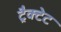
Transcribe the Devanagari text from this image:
ट्रैक्टेट